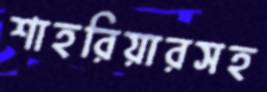
শাহরিয়ারসহ